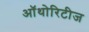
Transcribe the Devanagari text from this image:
ऑथोरिटीज